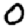
Digit: 0